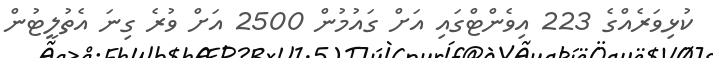
ކުޅިވަރެއްގެ 223 އިވެންޓްގައި އަށް ގައުމުން 2500 އަށް ވުރެ ގިނަ އެތުލީޓުން